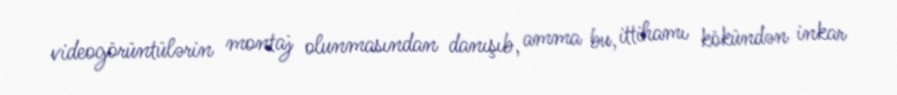
videogörüntülərin montaj olunmasından danışıb, amma bu, ittihamı kökündən inkar